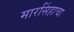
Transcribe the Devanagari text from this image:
मारसिंहाचा